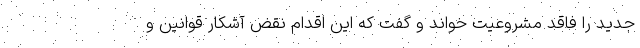
جدید را فاقد مشروعیت خواند و گفت که این اقدام نقض آشکار قوانین و